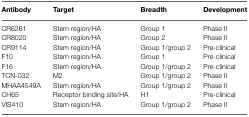
<table><thead><tr><td><b>Antibody</b></td><td><b>Target</b></td><td><b>Breadth</b></td><td><b>Development</b></td></tr></thead><tbody><tr><td>CR6261</td><td>Stem region/HA</td><td>Group 1</td><td>Phase II</td></tr><tr><td>CR8020</td><td>Stem region/HA</td><td>Group 2</td><td>Phase II</td></tr><tr><td>CR9114</td><td>Stem region/HA</td><td>Group 1/group 2</td><td>Pre-clinical</td></tr><tr><td>F10</td><td>Stem region/HA</td><td>Group 1</td><td>Pre-clinical</td></tr><tr><td>F16</td><td>Stem region/HA</td><td>Group 1/group 2</td><td>Pre-clinical</td></tr><tr><td>TCN-032</td><td>M2</td><td>Group 1/group 2</td><td>Phase II</td></tr><tr><td>MHAA4549A</td><td>Stem region/HA</td><td>Group 1/group 2</td><td>Phase II</td></tr><tr><td>CH65</td><td>Receptor binding site/HA</td><td>H1</td><td>Pre-clinical</td></tr><tr><td>VIS410</td><td>Stem region/HA</td><td>Group 1/group 2</td><td>Phase II</td></tr></tbody></table>